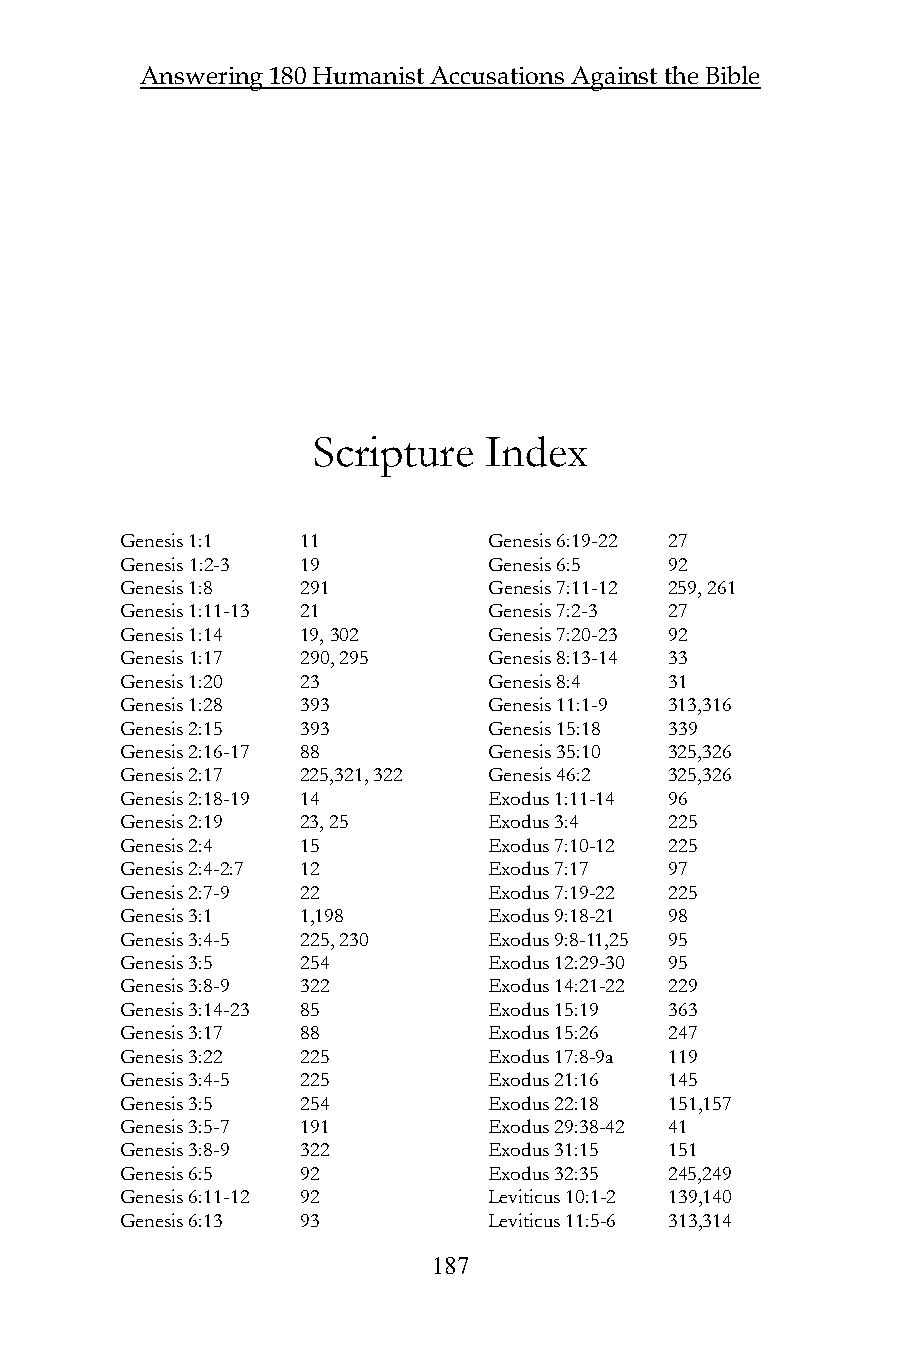
Answering 180 Humanist Accusations Against the Bible
 Scripture  Index
 Genesis 1:1 11          Genesis 6:19-22 27
 Genesis 1:2-3 19        Genesis 6:5 92
 Genesis 1:8 291         Genesis 7:11-12 259, 261
 Genesis 1:11-13 21      Genesis 7:2-3 27
 Genesis 1:14 19, 302    Genesis 7:20-23 92
 Genesis 1:17 290, 295   Genesis 8:13-14 33
 Genesis 1:20 23         Genesis 8:4 31
 Genesis 1:28 393        Genesis 11:1-9 313,316
 Genesis 2:15 393        Genesis 15:18 339
 Genesis 2:16-17 88      Genesis 35:10 325,326
 Genesis 2:17 225,321, 322 Genesis 46:2 325,326
 Genesis 2:18-19 14      Exodus 1:11-14 96
 Genesis 2:19 23, 25     Exodus 3:4  225
 Genesis 2:4 15          Exodus 7:10-12 225
 Genesis 2:4-2:7 12      Exodus 7:17 97
 Genesis 2:7-9 22        Exodus 7:19-22 225
 Genesis 3:1 1,198       Exodus 9:18-21 98
 Genesis 3:4-5 225, 230  Exodus 9:8-11,25 95
 Genesis 3:5 254         Exodus 12:29-30 95
 Genesis 3:8-9 322       Exodus 14:21-22 229
 Genesis 3:14-23 85      Exodus 15:19 363
 Genesis 3:17 88         Exodus 15:26 247
 Genesis 3:22 225        Exodus 17:8-9a 119
 Genesis 3:4-5 225       Exodus 21:16 145
 Genesis 3:5 254         Exodus 22:18 151,157
 Genesis 3:5-7 191       Exodus 29:38-42 41
 Genesis 3:8-9 322       Exodus 31:15 151
 Genesis 6:5 92          Exodus 32:35 245,249
 Genesis 6:11-12 92      Leviticus 10:1-2 139,140
 Genesis 6:13 93         Leviticus 11:5-6 313,314
 187